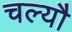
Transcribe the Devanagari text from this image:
चल्यौ